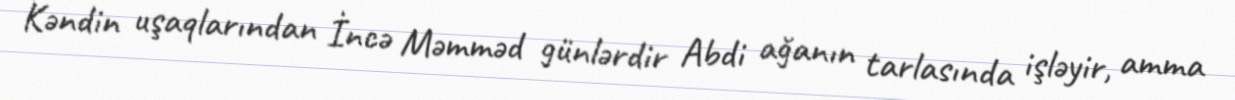
Kəndin uşaqlarından İncə Məmməd günlərdir Abdi ağanın tarlasında işləyir, amma